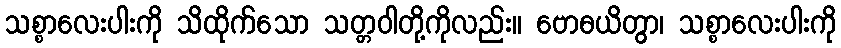
သစ္စာလေးပါးကို သိထိုက်သော သတ္တဝါတို့ကိုလည်း။ ဗောဓယိတွာ၊ သစ္စာလေးပါးကို